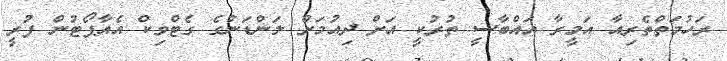
ރަހުމަތްތެރިއާ އަމީރާ އައްބާސީ ތުރުކީ އަށް ދިއުމަށް ލަންޑަނުގެ ގެޓްވިކް އެއާޕޯޓުން ފުރީ